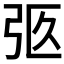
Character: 𢏉